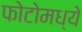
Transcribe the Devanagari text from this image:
फोटोमध्ये